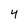
Character: 4